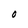
Character: O